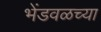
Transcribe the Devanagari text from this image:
भेंडवळच्या